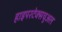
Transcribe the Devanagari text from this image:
हाइपरटेक्सचुअल